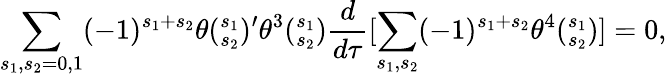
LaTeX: \sum_{{s_{1},s_{2}}={0,1}}(-1)^{s_{1}+s_{2}}\theta(_{s_{2}}^{s_{1}})^{\prime}\theta^{3}(_{s_{2}}^{s_{1}})\frac{d}{d\tau}[\sum_{s_{1},s_{2}}(-1)^{s_{1}+s_{2}}\theta^{4}(_{s_{2}}^{s_{1}})]=0,